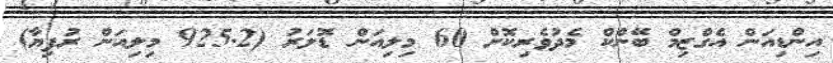
އިންޑިއަން އެގްޒިމް ބޭންކް މެދުވެރިކޮށް 60 މިލިއަން ޑޮަލަރު (925.2 މިލިއަން ރުފިޔާ)